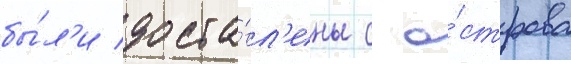
бы́л'и доста́вл'ены с о́строва